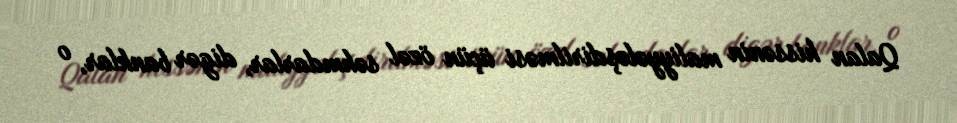
Qalan hissənin maliyyələşdirilməsi üçün özəl səhmdarlar, digər banklar, o